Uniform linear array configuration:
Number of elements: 12
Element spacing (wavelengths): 0.25
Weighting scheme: blackman
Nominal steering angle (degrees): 45
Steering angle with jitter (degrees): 46.603
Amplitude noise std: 0.05
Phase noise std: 0.05

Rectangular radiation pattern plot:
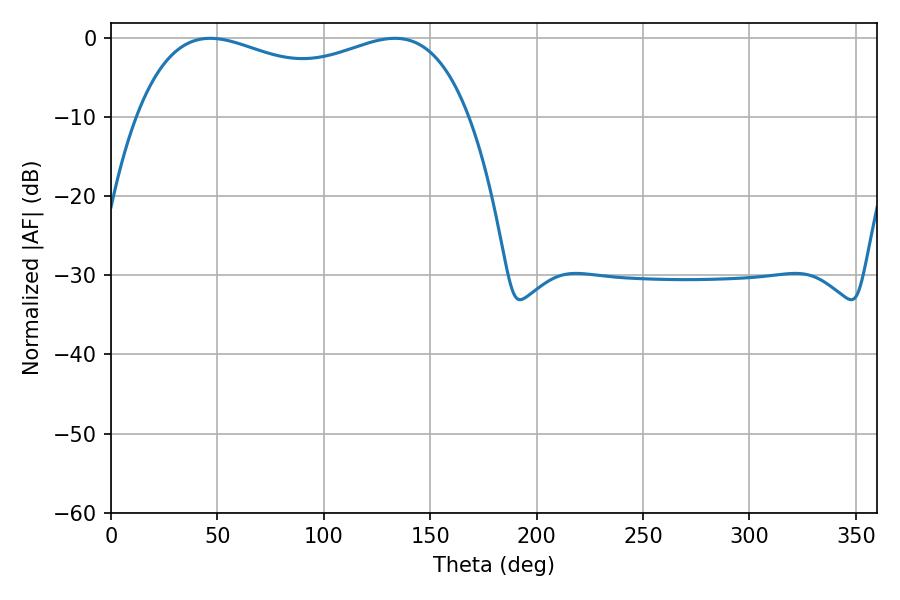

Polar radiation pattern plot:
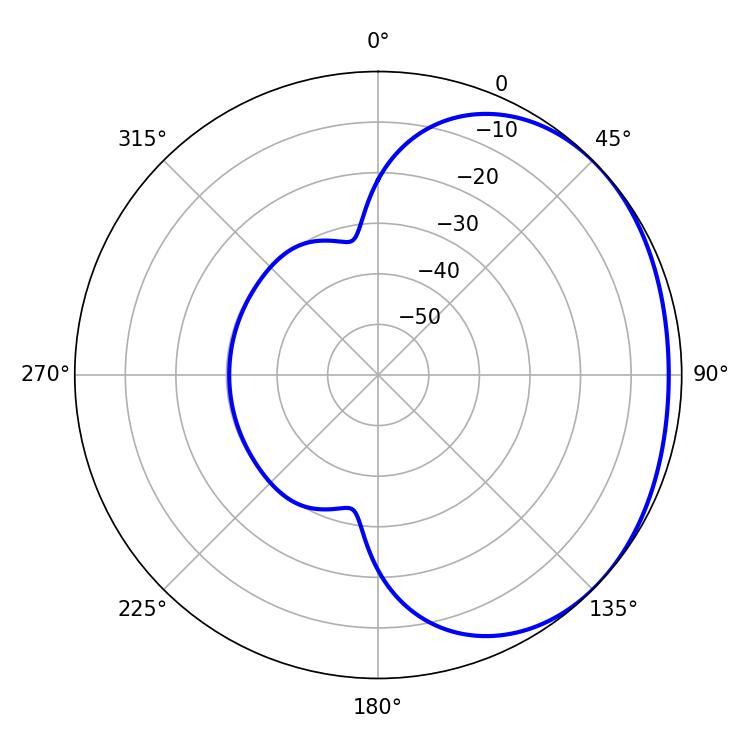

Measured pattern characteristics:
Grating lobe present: FALSE
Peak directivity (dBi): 1.484
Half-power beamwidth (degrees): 128.88
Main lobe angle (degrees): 46.62